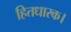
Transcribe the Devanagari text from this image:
हितधारक।